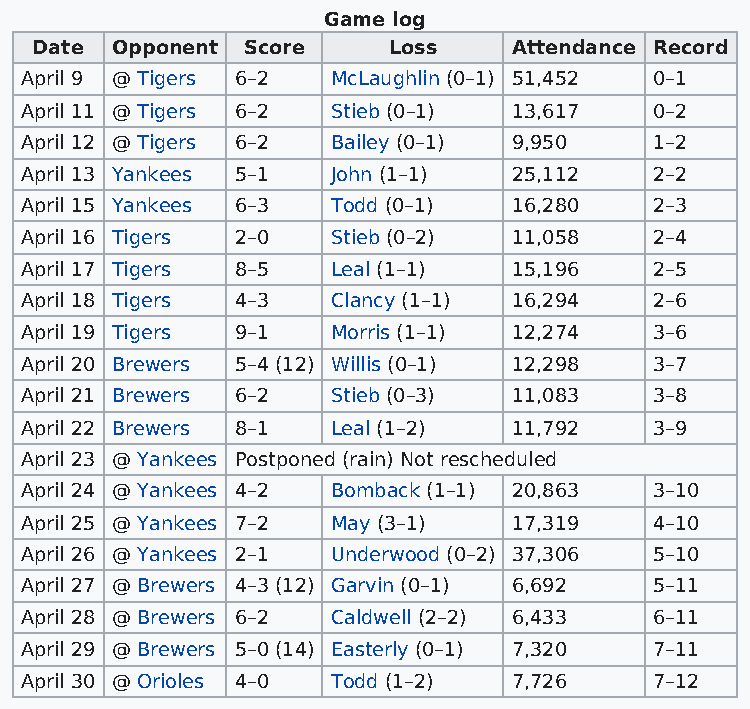
Game log
 Date Opponent Score     Loss    Attendance Record
 April 9 @ Tigers 6–2 McLaughlin (0–1) 51,452 0–1
 April 11 @ Tigers 6–2 Stieb (0–1) 13,617  0–2
 April 12 @ Tigers 6–2 Bailey (0–1) 9,950  1–2
 April 13 Yankees 5–1 John (1–1)  25,112   2–2
 April 15 Yankees 6–3 Todd (0–1)  16,280   2–3
 April 16 Tigers 2–0  Stieb (0–2) 11,058   2–4
 April 17 Tigers 8–5  Leal (1–1)  15,196   2–5
 April 18 Tigers 4–3  Clancy (1–1) 16,294  2–6
 April 19 Tigers 9–1  Morris (1–1) 12,274  3–6
 April 20 Brewers 5–4 (12) Willis (0–1) 12,298 3–7
 April 21 Brewers 6–2 Stieb (0–3) 11,083   3–8
 April 22 Brewers 8–1 Leal (1–2)  11,792   3–9
 April 23 @ Yankees Postponed (rain) Not rescheduled
 April 24 @ Yankees 4–2 Bomback (1–1) 20,863 3–10
 April 25 @ Yankees 7–2 May (3–1) 17,319   4–10
 April 26 @ Yankees 2–1 Underwood (0–2) 37,306 5–10
 April 27 @ Brewers 4–3 (12) Garvin (0–1) 6,692 5–11
 April 28 @ Brewers 6–2 Caldwell (2–2) 6,433 6–11
 April 29 @ Brewers 5–0 (14) Easterly (0–1) 7,320 7–11
 April 30 @ Orioles 4–0 Todd (1–2) 7,726   7–12